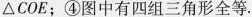
△COE；④图中有四组三角形全等.